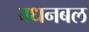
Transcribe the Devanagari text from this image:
बधनबल